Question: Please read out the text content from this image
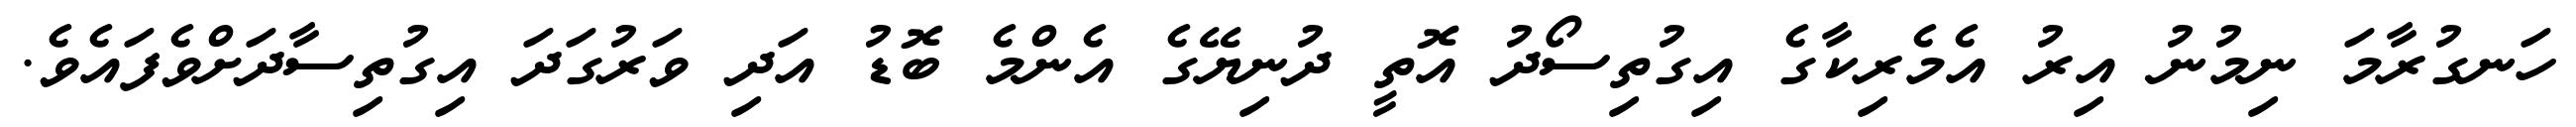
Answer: ހަނގުރާމަ ނިމުނު އިރު އެމެރިކާގެ އިގުތިސޯދު އޮތީ ދުނިޔޭގެ އެންމެ ބޮޑު އަދި ވަރުގަދަ އިގުތިސާދަށްވެފައެވެ.